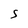
Character: S